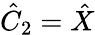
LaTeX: \hat{C}_{2}=\hat{X}